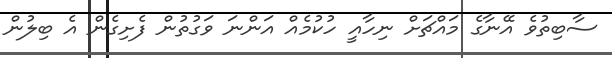
ސާބިތުވެ އޭނާގެ މައްޗަށް ނިހާއީ ހުކުމެއް އަންނަ ވަގުތުން ފެށިގެން އެ ބިލުން